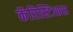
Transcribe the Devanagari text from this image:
कॅरिस्टिआस